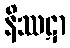
နိဿဋာ